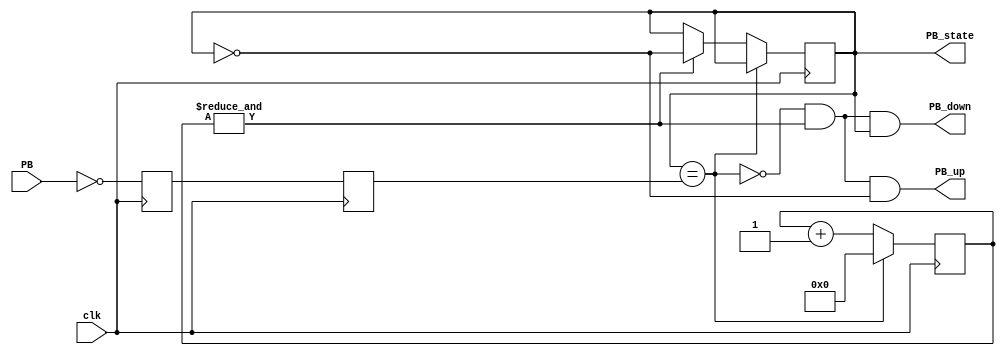
// This program was cloned from: https://github.com/adumont/hrm-cpu
// License: GNU General Public License v3.0

`default_nettype none

module debouncer(
    input clk,
    input PB,  // "PB" is the glitchy, asynchronous to clk, active low push-button signal

    // from which we make three outputs, all synchronous to the clock
    output reg PB_state,  // 1 as long as the push-button is active (down)
    output PB_down,  // 1 for one clock cycle when the push-button goes down (i.e. just pushed)
    output PB_up   // 1 for one clock cycle when the push-button goes up (i.e. just released)
);

// First use two flip-flops to synchronize the PB signal the "clk" clock domain
reg PB_sync_0;  always @(posedge clk) PB_sync_0 <= ~PB;  // invert PB to make PB_sync_0 active high
reg PB_sync_1;  always @(posedge clk) PB_sync_1 <= PB_sync_0;

// Next declare a 16-bits counter
reg [15:0] PB_cnt;

// When the push-button is pushed or released, we increment the counter
// The counter has to be maxed out before we decide that the push-button state has changed

wire PB_idle = (PB_state==PB_sync_1);
wire PB_cnt_max = &PB_cnt;	// true when all bits of PB_cnt are 1's

always @(posedge clk)
if(PB_idle)
    PB_cnt <= 0;  // nothing's going on
else
begin
    PB_cnt <= PB_cnt + 16'd1;  // something's going on, increment the counter
    if(PB_cnt_max) PB_state <= ~PB_state;  // if the counter is maxed out, PB changed!
end

assign PB_up   = ~PB_idle & PB_cnt_max & ~PB_state;
assign PB_down = ~PB_idle & PB_cnt_max &  PB_state;
endmodule